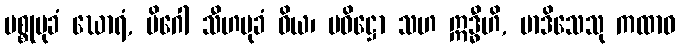
မစ္စုမုခံ ဃောရံ, မိဂေါ သီဟမုခံ ဝိယ၊ ပဝိဋ္ဌော သဟ ဣဒ္ဓီဟိ, မာဒိသေသု ကထာဝ